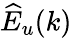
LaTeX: \widehat{E}_{u}(k)